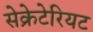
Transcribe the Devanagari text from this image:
सेक्रेटेरियट